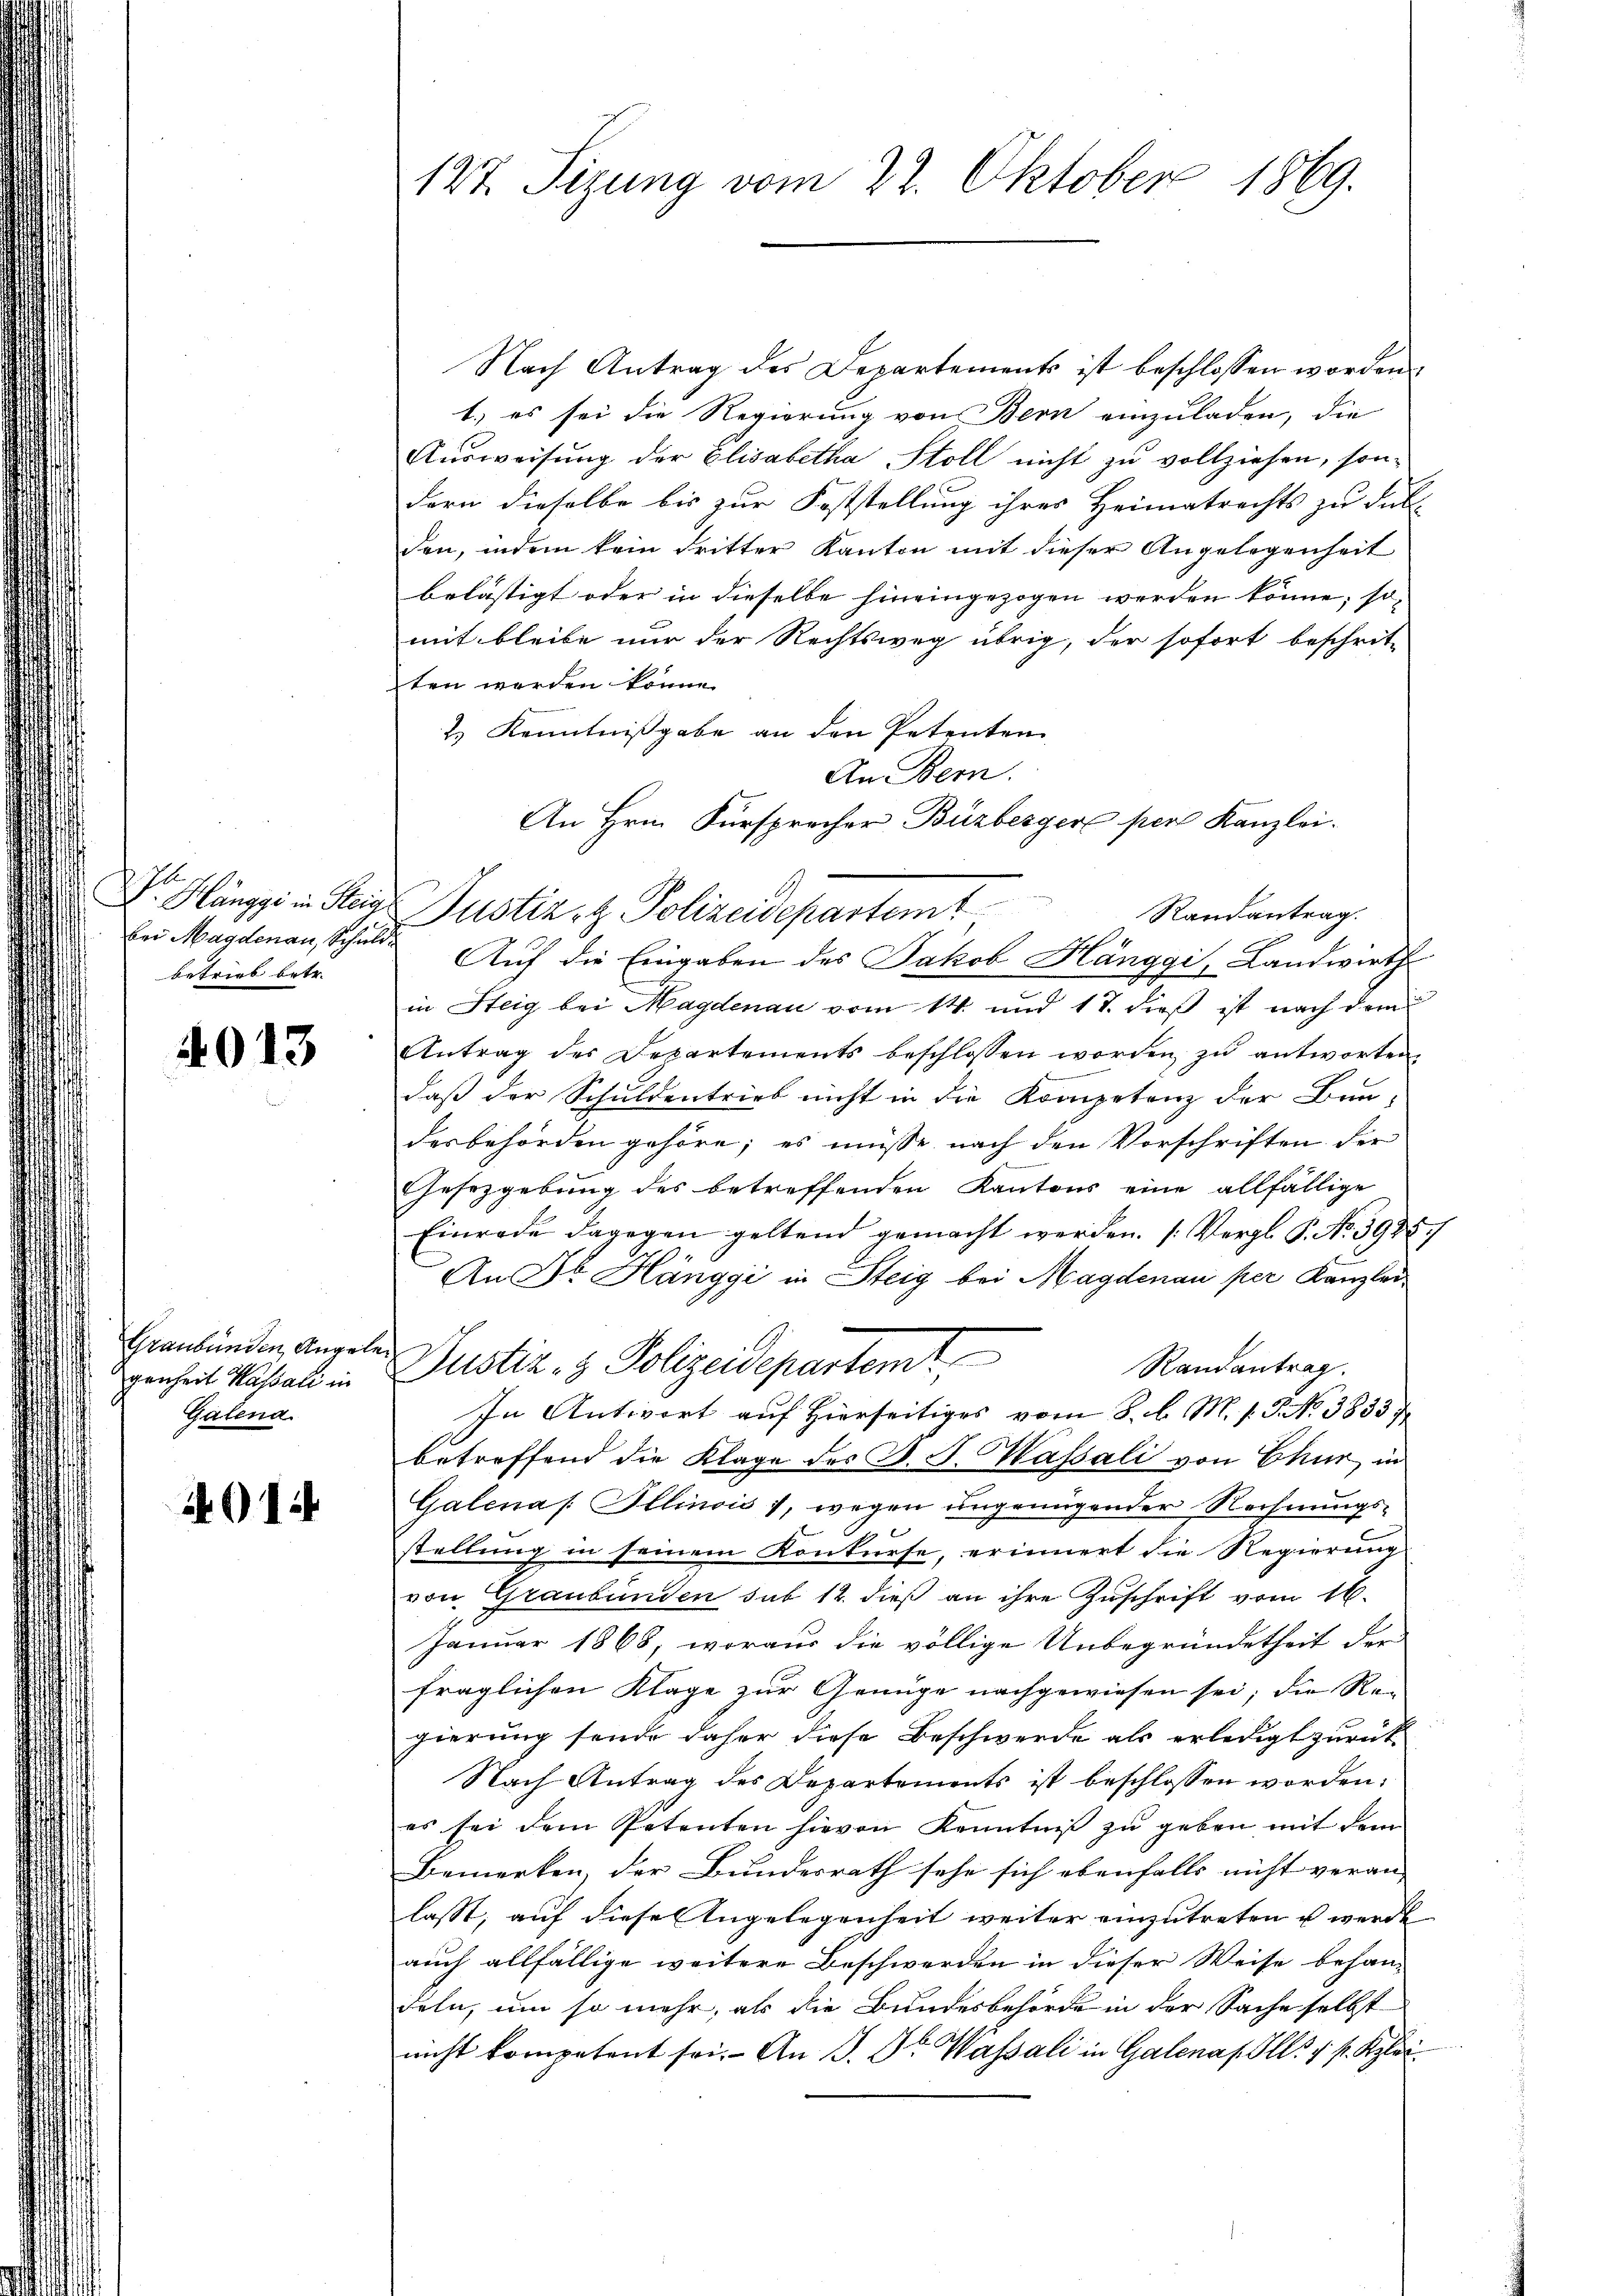
betrieb betr.

4013

Graubünden Angelegenheit Kassali in
Galena.

14

Nach Antrag des Departements ist beschlossen worden.
1.) es sei die Regierung von Bern einzuladen, die
Ausweisung der Elisabetha Stoll nicht zu vollziehen, sondern dieselbe bis zur Feststellung ihres Heimatrechts zu Full
den, indem kein dritter Kanton mit dieser Angelegenheit
belästigt oder in dieselbe hineingezogen werden könne; so
mit bleibe nur der Rechtsweg übrig, der sofort beschrit-
ten werden könne.
2) Kenntnißgabe an den Petenten
An Bern.
An Hrn. Fürsprecher Buzberger pere Kanzlei.
V. Klänge in der Justiz- & Polizeidepartemt
Randantrag.
bei Magdenau, Schuld. Auf die Eingaben des Jakob Hänggi, Landwirth
in Steig bei Magdenau vom 14. und 17. dieß ist nach dem
Antrag des Departements beschlossen worden zu antworten.
daß der Schuldentrieb nicht in die Kompetenz der Bau-
desbehörden gehöre; es müsse nach den Vorschriften der
Gesetzgebung des betreffenden Kantons eine allfällige
Einrade dagegen geltend gemacht werden. (Vergl. P. Nr. 3925.
An Dr. Hänggi in Steig bei Magdenau per Kanzlei
Justiz & Polizeidepartemt
Randantrag.
In Antwort auf Hierseitiges vom 8. d. M. s. S. No 3853
betreffend die Klage des J. J. Wassali von Ekur in
Galena. Illinois), wegen ungenügender Rechnungs-
stellung in seinem Konkurse, erinnert die Regierung
von Graubünden sub 12. dieß an ihre Zuschrift vom 16.
Januar 1868, woraus die völlige Unbegründetheit der
fraglichen Klage zur Genüge nachgewiesen sei; die Re- |
gierung sende daher diese Beschwerde als erledigt zurück
Nach Antrag des Departements ist beschlossen worden:
es sei dem Petenten hievon Kenntniβ zŭ geben mit dem
Bemerken, der Bundesrath sehe sich ebenfalls nicht veran-
lasst, auf diese Angelegenheit weiter einzutreten u werde
auch allfällige weitere Beschwerden in dieser Weise behandeln, um so mehr, als die Bundesbehörde in der Sache selbst
nicht kompetent sei. An S. Dr Wassali in Galenas. Ill. 1 f. Klei¬

127. Sitzung vom 27. Oktober 1869.